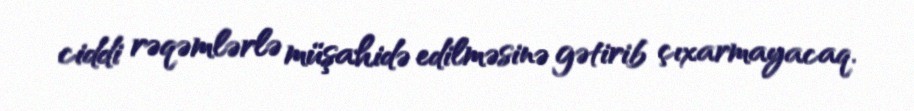
ciddi rəqəmlərlə müşahidə edilməsinə gətirib çıxarmayacaq.